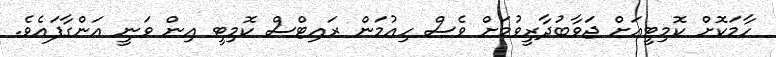
ހާމަކޮށް ކޮމިޓީއަށް ޖަވާބުދާރީވުމަށް ވެސް ހިއުމަން ރައިޓްސް ކޮމިޓީ އިން ވަނީ އަންގާފައެވެ.